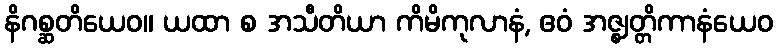
နိဂစ္ဆတိယေဝ။ ယထာ စ အသီတိယာ ကိမိကုလာနံ, ဧဝံ အဇ္ဈတ္တိကာနံယေဝ